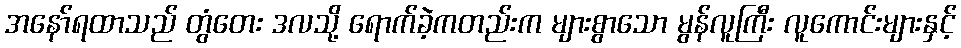
အနော်ရထာသည် တွံတေး ဒလသို့ ရောက်ခဲ့ကတည်းက များစွာသော မွန်လူကြီး လူကောင်းများနှင့်